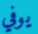
يوفي